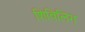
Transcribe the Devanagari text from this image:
शिविलिंग